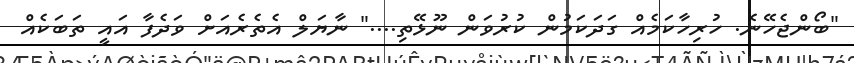
"ބޯންޖެހޭނެ. ހުރިހާކަމެއް ގަދަކަމުން ކުރުވަން ނޫޅޭތި...." ނާޔަލް އެތެރެއަށް ވަދެފާ އައީ ތަބަކެއް